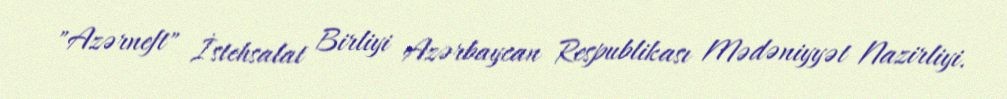
"Azərneft" İstehsalat Birliyi Azərbaycan Respublikası Mədəniyyət Nazirliyi.